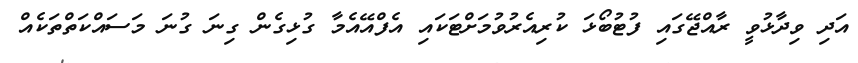
އަދި ވިދާޅުވީ ރާއްޖޭގައި ފުޓުބޯޅަ ކުރިއެރުވުމަށްޓަކައި އެފްއޭއެމާ ގުޅިގެން ގިނަ ގުނަ މަސައްކަތްތަކެއް